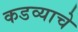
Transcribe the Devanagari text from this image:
कडव्याचे